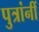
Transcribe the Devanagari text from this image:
पुत्रांनीं